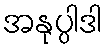
အနုပ္ပါဒါ